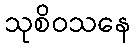
သုစိဝသနေ